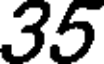
35